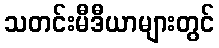
သတင်းမီဒီယာများတွင်